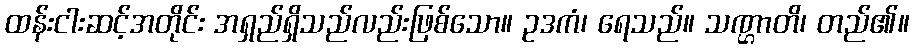
ထန်းငါးဆင့်အတိုင်း အရှည်ရှိသည်လည်းဖြစ်သော။ ဥဒကံ၊ ရေသည်။ သဏ္ဌာတိ၊ တည်၏။